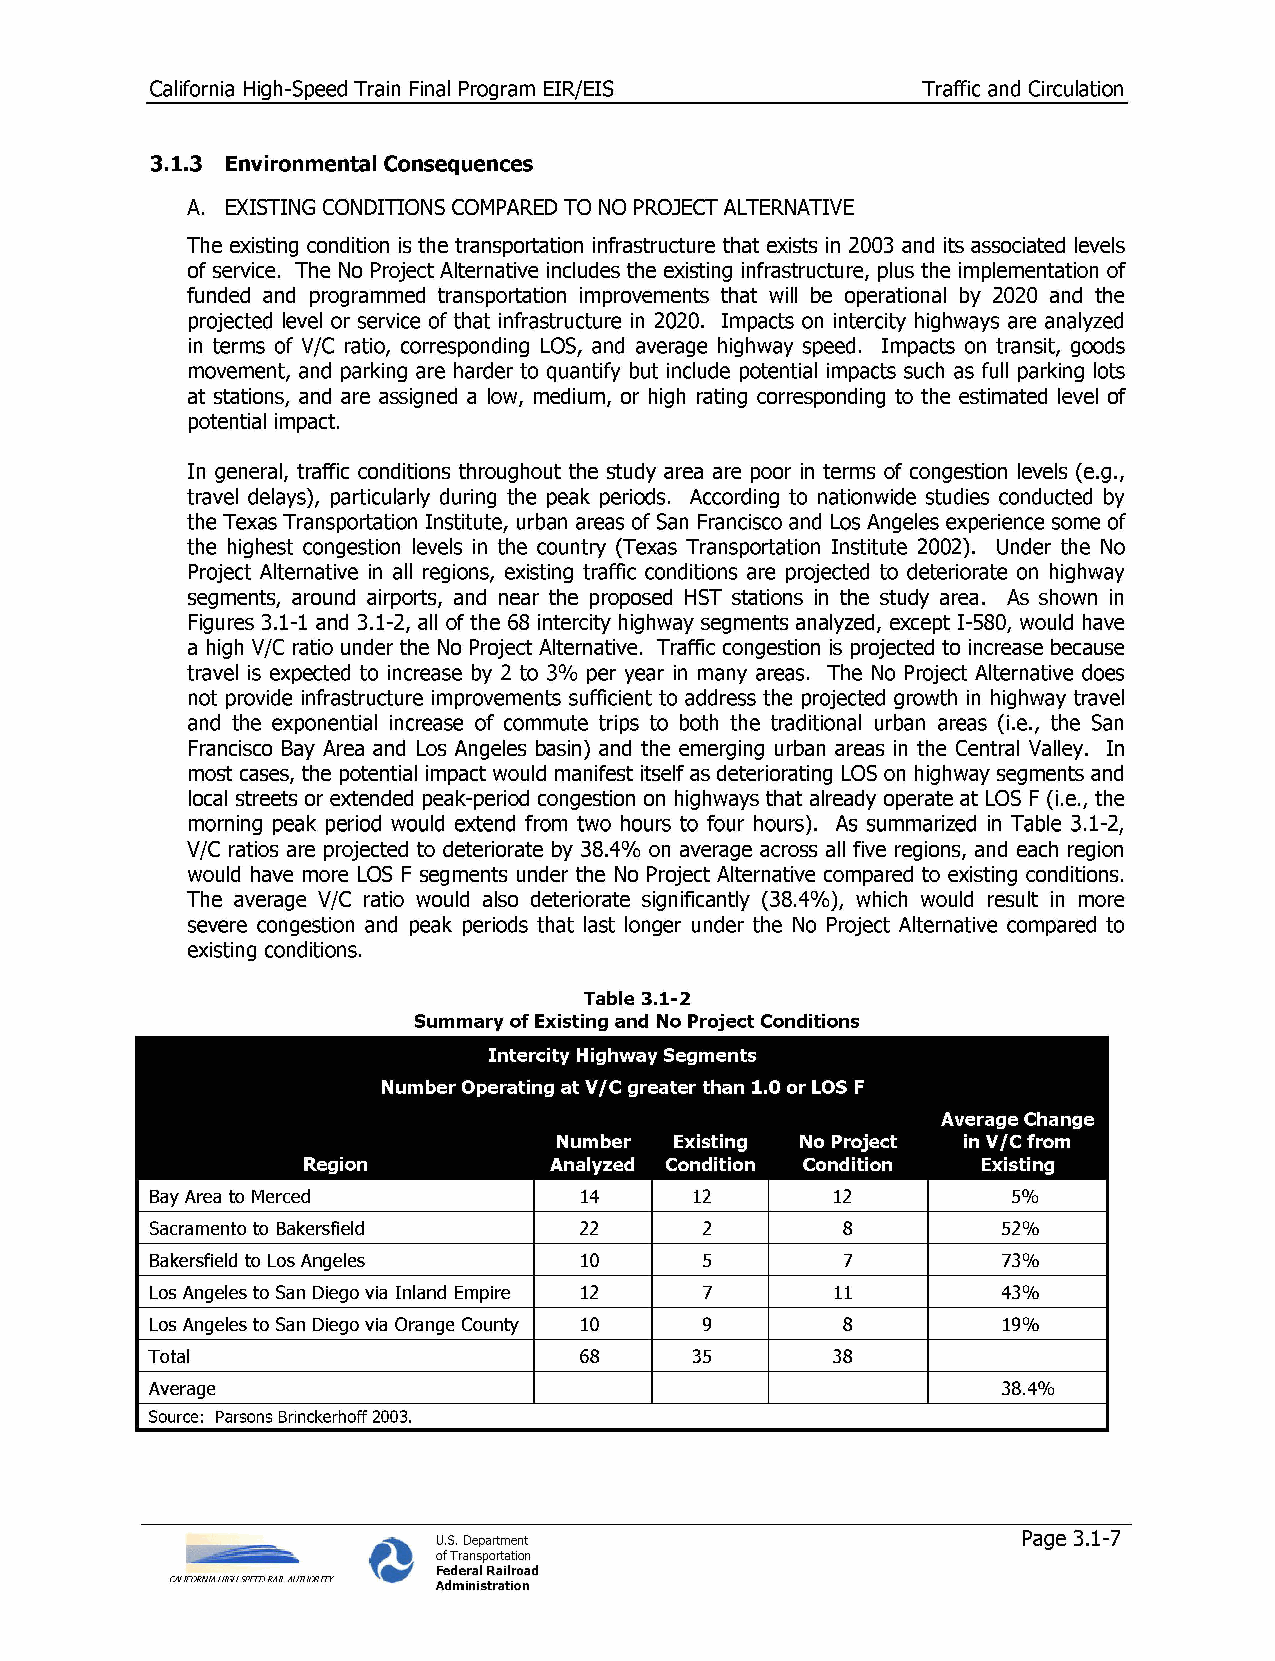
California High-Speed Train Final Program EIR/EIS  Traffic and Circulation
 3.1.3 Environmental Consequences
 A. EXISTING CONDITIONS COMPARED TO NO PROJECT ALTERNATIVE
 The existing condition is the transportation infrastructure that exists in 2003 and its associated levels
 of service. The No Project Alternative includes the existing infrastructure, plus the implementation of
 funded and programmed transportation improvements that will be operational by 2020 and the
 projected level or service of that infrastructure in 2020. Impacts on intercity highways are analyzed
 in terms of V/C ratio, corresponding LOS, and average highway speed. Impacts on transit, goods
 movement, and parking are harder to quantify but include potential impacts such as full parking lots
 at stations, and are assigned a low, medium, or high rating corresponding to the estimated level of
 potential impact.
 In general, traffic conditions throughout the study area are poor in terms of congestion levels (e.g.,
 travel delays), particularly during the peak periods. According to nationwide studies conducted by
 the Texas Transportation Institute, urban areas of San Francisco and Los Angeles experience some of
 the highest congestion levels in the country (Texas Transportation Institute 2002). Under the No
 Project Alternative in all regions, existing traffic conditions are projected to deteriorate on highway
 segments, around airports, and near the proposed HST stations in the study area. As shown in
 Figures 3.1-1 and 3.1-2, all of the 68 intercity highway segments analyzed, except 1-580, would have
 a high V/C ratio under the No Project Alternative. Traffic congestion is projected to increase because
 travel is expected to increase by 2 to 3% per year in many areas. The No Project Alternative does
 not provide infrastructure improvements sufficient to address the projected growth in highway travel
 and the exponential increase of commute trips to both the traditional urban areas (i.e., the San
 Francisco Bay Area and Los Angeles basin) and the emerging urban areas in the Central Valley. In
 most cases, the potential impact would manifest itself as deteriorating LOS on highway segments and
 local streets or extended peak-period congestion on highways that already operate at LOS F (i.e., the
 morning peak period would extend from two hours to four hours). As summarized in Table 3.1-2,
 V/C ratios are projected to deteriorate by 38.4% on average across all five regions, and each region
 would have more LOS F segments under the No Project Alternative compared to existing conditions.
 The average V/C ratio would also deteriorate significantly (38.4%), which would result in more
 severe congestion and peak periods that last longer under the No Project Alternative compared to
 existing conditions.
 Table 3.1-2
 Summary of Existing and No Project Conditions
 Intercity Highway Segments
 Number Operating at V/C greater than 1.0 or LOS F
 Average Change
 Number  Existing No Project in V/C from
 Region          Analyzed Condition Condition Existing
 Bay Area to Merced          14      12       12          5%
 Sacramento to Bakersfield   22       2        8         52%
 Bakersfield to Los Angeles  10       5        7         73%
 Los Angeles to San Diego via Inland Empire 12 7 11      43%
 Los Angeles to San Diego via Orange County 10 9 8       19%
 Total                       68      35       38
 Average                                                 38.4%
 Source: Parsons Brinckerhoff 2003.
 U.S. Department                        Page 3.1-7
 of Transportation
 Federal Railroad
 CALIFORNIA HIGH SPEED RAIL AUTHORITY Administration